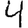
Digit: 4